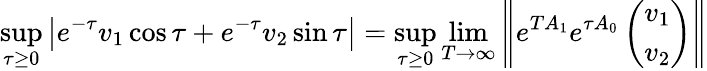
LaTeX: \operatorname*{sup}_{\tau\geq 0}\left|e^{-\tau}v_{1}\cos\tau+e^{-\tau}v_{2}\sin\tau\right|=\operatorname*{sup}_{\tau\geq 0}\operatorname*{lim}_{T\to\infty}\left\| e^{TA_{1}}e^{\tau A_{0}}\left(\begin{array}{l}{v_{1}}\\ {v_{2}}\end{array}\right)\right\|